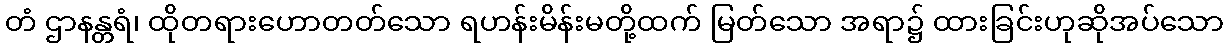
တံ ဌာနန္တရံ၊ ထိုတရားဟောတတ်သော ရဟန်းမိန်းမတို့ထက် မြတ်သော အရာ၌ ထားခြင်းဟုဆိုအပ်သော